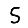
Digit: 5